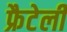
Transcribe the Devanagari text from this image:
फ्रैटेली